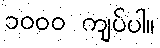
၁၀၀၀ ကျပ်ပါ။